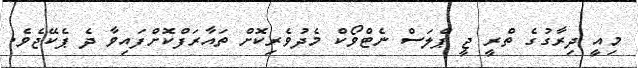
މިއީ ދިރާގުގެ ތްރީ ޖީ ޕްލަސް ނެޓްވޯކް މެދުވެރިކޮށް ތައާރަފްކޮށްފައިވާ ދެ ޕެކޭޖެވެ.